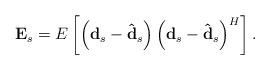
LaTeX: \begin{align*}{{\bf{E}}_{s}} = E\left[ {\left( { {{\bf{d}}_{s}} - {{{\bf{\hat d}}}_{s}}} \right){{\left( {{{\bf{d}}_{s}}- {{{\bf{\hat d}}}_{s}} } \right)}^H}} \right].\end{align*}